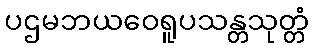
ပဌမဘယဝေရူပသန္တသုတ္တံ